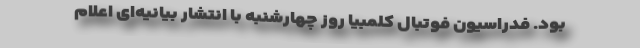
بود. فدراسیون فوتبال کلمبیا روز چهارشنبه با انتشار بیانیه‌ای اعلام